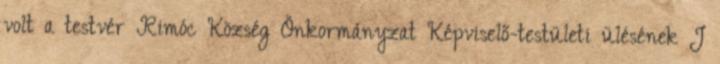
volt a testvér Rimóc Község Önkormányzat Képviselő-testületi ülésének J